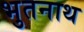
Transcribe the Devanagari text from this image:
भुतनाथ